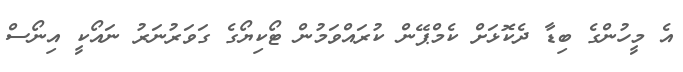
އެ މީހުންގެ ބިޑާ ދެކޮޅަށް ކެމްޕޭން ކުރައްވަމުން ޓޯކިޔޯގެ ގަވަރުނަރު ނައޯކީ އިނޯސް